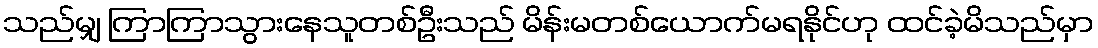
သည်မျှ ကြာကြာသွားနေသူတစ်ဦးသည် မိန်းမတစ်ယောက်မရနိုင်ဟု ထင်ခဲ့မိသည်မှာ